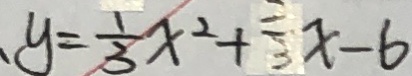
y = \frac { 1 } { 3 } x ^ { 2 } + \frac { 2 } { 3 } x - 6